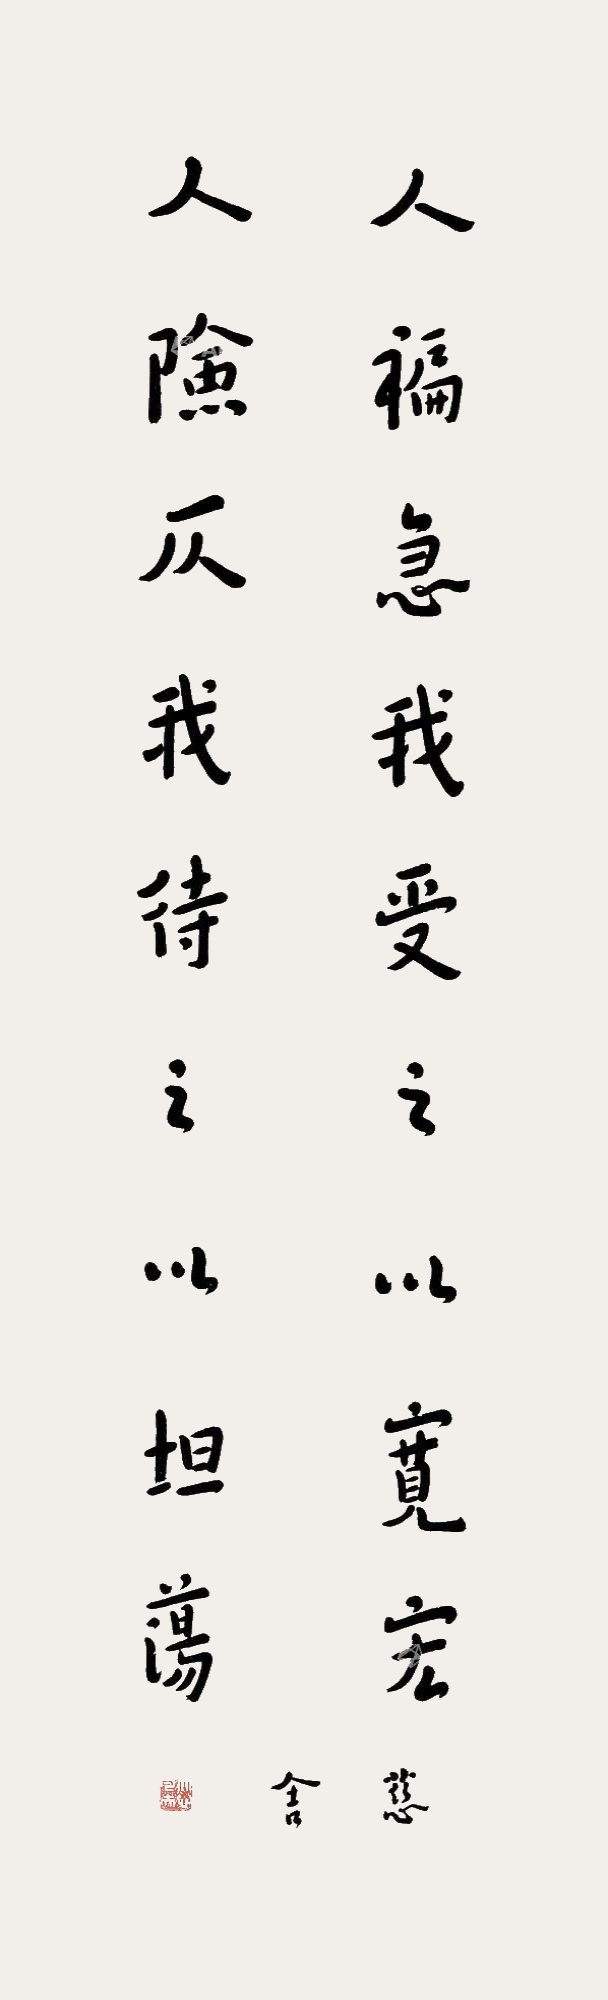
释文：人褊急我受之以宽宏，人险仄我待之以坦荡。慈舍。